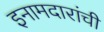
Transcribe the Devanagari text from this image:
इनामदारांची